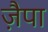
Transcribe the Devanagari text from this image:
ज़ैपा